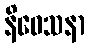
နိဝေသနာ